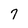
Character: 7